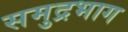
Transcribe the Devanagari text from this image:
समुद्रभाग